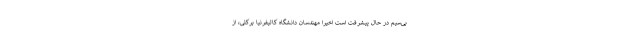
بی‌سیم در حال پیشرفت است اخیرا مهندسان دانشگاه کالیفرنیا برکلی، از